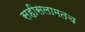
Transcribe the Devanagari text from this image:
सहीसलामतच